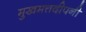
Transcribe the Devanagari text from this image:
मुखमत्तदीपनी